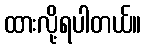
ထားလို့ရပါတယ်။